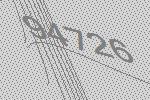
94726